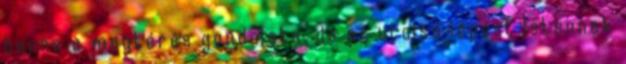
benne a megtérés gondolata, de az utolsó lépést Istennek